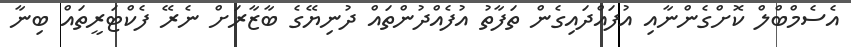
އެސެމްބްލް ކޮށްގެންނާއި އުފައްދައިގެން ތަފާތު އުފެއްދުންތައް ދުނިޔޭގެ ބާޒާރަށް ނެރޭ ފެކްޓަރީތައް ބިނާ